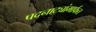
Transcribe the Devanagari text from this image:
पदनाट्यांमार्फत